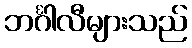
ဘင်္ဂါလီများသည်